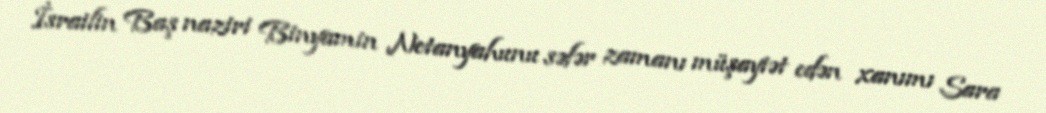
İsrailin Baş naziri Binyamin Netanyahunu səfər zamanı müşayiət edən xanımı Sara